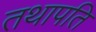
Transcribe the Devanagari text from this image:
तथापति